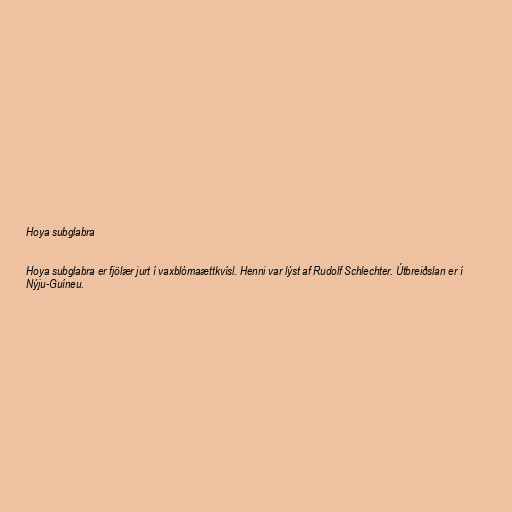
Hoya subglabra

Hoya subglabra er fjölær jurt í vaxblómaættkvísl. Henni var lýst af Rudolf Schlechter. Útbreiðslan er í
Nýju-Guíneu.